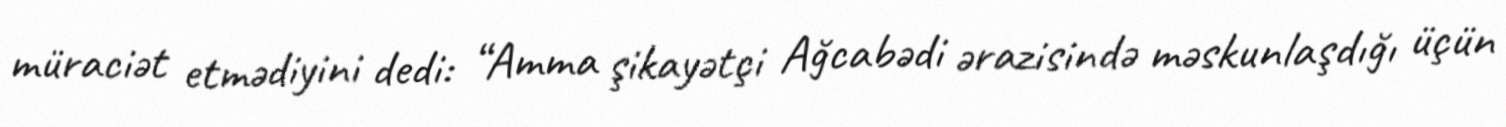
müraciət etmədiyini dedi: “Amma şikayətçi Ağcabədi ərazisində məskunlaşdığı üçün